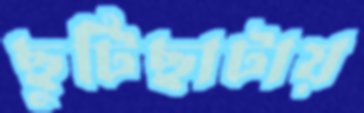
ছুটিছাটায়